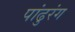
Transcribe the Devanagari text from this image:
पांढुरंग